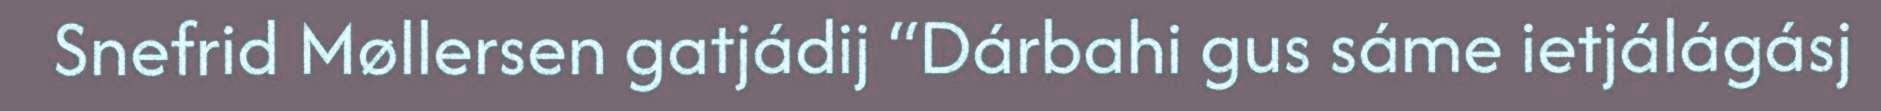
Snefrid Møllersen gatjádij “Dárbahi gus sáme ietjálágásj